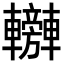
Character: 𨏰